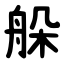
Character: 䑮